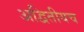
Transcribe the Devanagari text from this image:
अद्वितीयच